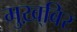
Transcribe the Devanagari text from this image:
मुख़्बिर